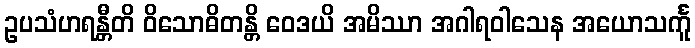
ဥပသံဟရန္တီတိ ဝိသောဓိတန္တိ ဝေဒယိ အမိဿာ အဂါရဝါသေန အယောသင်္ကူ